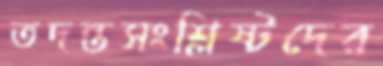
তদন্তসংশ্লিষ্টদের